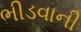
ભીડવાની